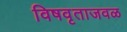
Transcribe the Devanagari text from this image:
विषवृताजवळ